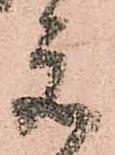
元